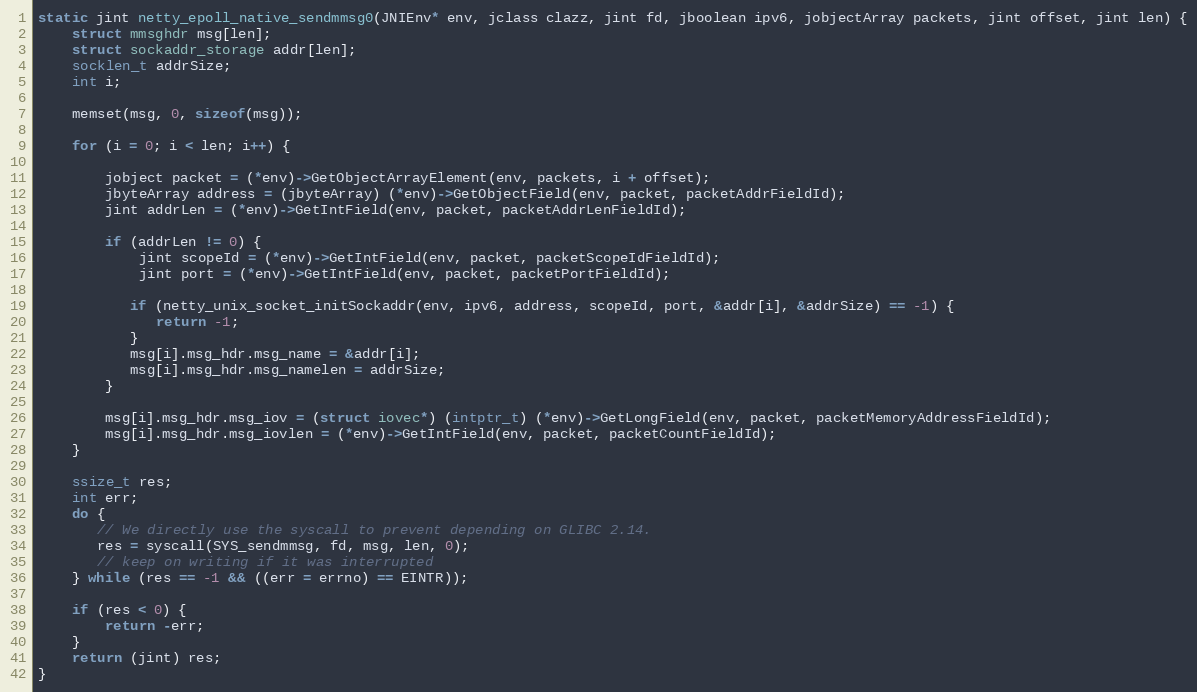
Language: C
static jint netty_epoll_native_sendmmsg0(JNIEnv* env, jclass clazz, jint fd, jboolean ipv6, jobjectArray packets, jint offset, jint len) {
    struct mmsghdr msg[len];
    struct sockaddr_storage addr[len];
    socklen_t addrSize;
    int i;

    memset(msg, 0, sizeof(msg));

    for (i = 0; i < len; i++) {

        jobject packet = (*env)->GetObjectArrayElement(env, packets, i + offset);
        jbyteArray address = (jbyteArray) (*env)->GetObjectField(env, packet, packetAddrFieldId);
        jint addrLen = (*env)->GetIntField(env, packet, packetAddrLenFieldId);

        if (addrLen != 0) {
            jint scopeId = (*env)->GetIntField(env, packet, packetScopeIdFieldId);
            jint port = (*env)->GetIntField(env, packet, packetPortFieldId);

           if (netty_unix_socket_initSockaddr(env, ipv6, address, scopeId, port, &addr[i], &addrSize) == -1) {
              return -1;
           }
           msg[i].msg_hdr.msg_name = &addr[i];
           msg[i].msg_hdr.msg_namelen = addrSize;
        }

        msg[i].msg_hdr.msg_iov = (struct iovec*) (intptr_t) (*env)->GetLongField(env, packet, packetMemoryAddressFieldId);
        msg[i].msg_hdr.msg_iovlen = (*env)->GetIntField(env, packet, packetCountFieldId);
    }

    ssize_t res;
    int err;
    do {
       // We directly use the syscall to prevent depending on GLIBC 2.14.
       res = syscall(SYS_sendmmsg, fd, msg, len, 0);
       // keep on writing if it was interrupted
    } while (res == -1 && ((err = errno) == EINTR));

    if (res < 0) {
        return -err;
    }
    return (jint) res;
}